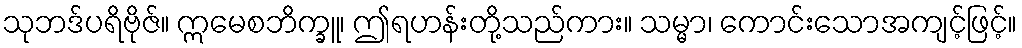
သုဘဒ်ပရိဗိုဇ်။ ဣမေစဘိက္ခူ၊ ဤရဟန်းတို့သည်ကား။ သမ္မာ၊ ကောင်းသောအကျင့်ဖြင့်။